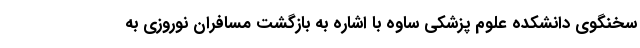
سخنگوی دانشکده علوم پزشکی ساوه با اشاره به بازگشت مسافران نوروزی به